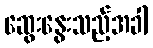
ဆွေးနွေးသည့်အခါ